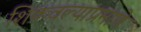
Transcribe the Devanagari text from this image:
शिकवल्याप्रमाणे